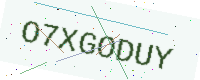
Text: O7XGODUY